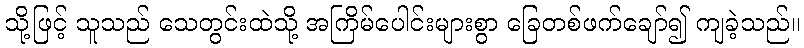
သို့ဖြင့် သူသည် သေတွင်းထဲသို့ အကြိမ်ပေါင်းများစွာ ခြေတစ်ဖက်ချော်၍ ကျခဲ့သည်။